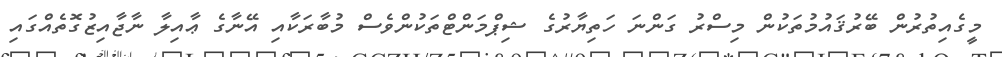
މީގެއިތުރުން ބޭރުޤައުމުތަކުން މިސްރު ގަންނަ ހަތިޔާރުގެ ޝިޕްމަންޓްތަކުންވެސް މުބާރަކާއި އޭނާގެ ޢާއިލާ ނާޖާއިޒުގޮތެއްގައި